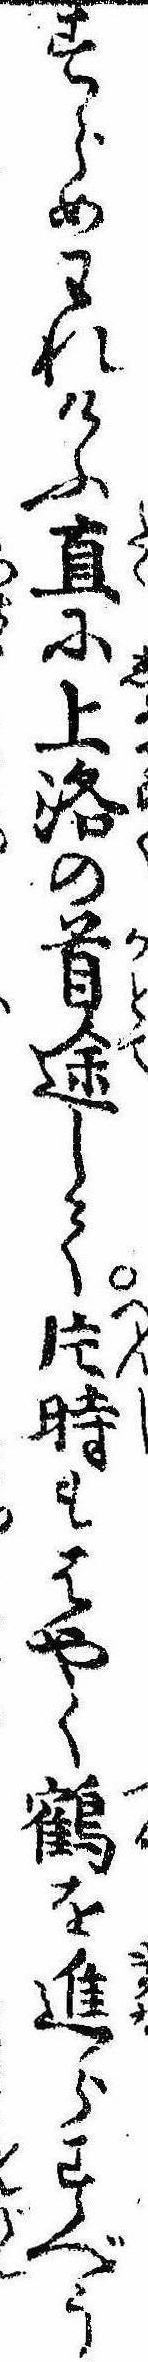
すらめわれけふ直に上洛の首途して片時もはやく鶴を進らすべう